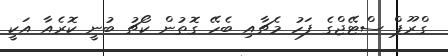
ގްރޫޕް ސްޓޭޖްގެ ފަހު މެޗާއި ބެހޭ ގޮތުން ކޯޗު ބުނީ ކޮރެއާ އަކީ